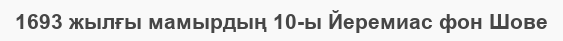
1693 жылғы мамырдың 10-ы Йеремиас фон Шове